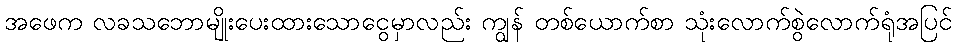
အဖေက လခသဘောမျိုးပေးထားသောငွေမှာလည်း ကျွန် တစ်ယောက်စာ သုံးလောက်စွဲလောက်ရုံအပြင်